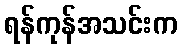
ရန်ကုန်အသင်းက